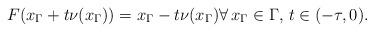
LaTeX: \begin{align*}F(x_\Gamma + t \nu(x_\Gamma)) = x_\Gamma - t \nu(x_\Gamma) \forall \, x_\Gamma \in \Gamma, \, t \in (-\tau, 0). \end{align*}